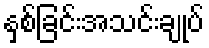
နှစ်ခြင်းအသင်းချုပ်